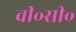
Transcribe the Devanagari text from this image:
वी॰सी॰